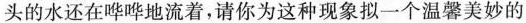
头的水还在哗哗地流着，请你为这种现象拟一个温馨美妙的